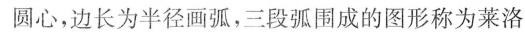
圆心，边长为半径画弧，三段弧围成的图形称为莱洛